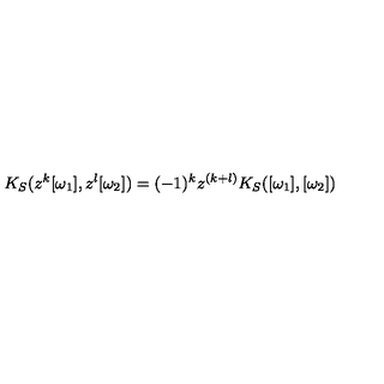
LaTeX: K _ { S } ( z ^ { k } [ \omega _ { 1 } ] , z ^ { l } [ \omega _ { 2 } ] ) = ( - 1 ) ^ { k } z ^ { ( k + l ) } K _ { S } ( [ \omega _ { 1 } ] , [ \omega _ { 2 } ] )